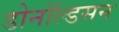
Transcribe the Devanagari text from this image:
डोनॉल्डसन